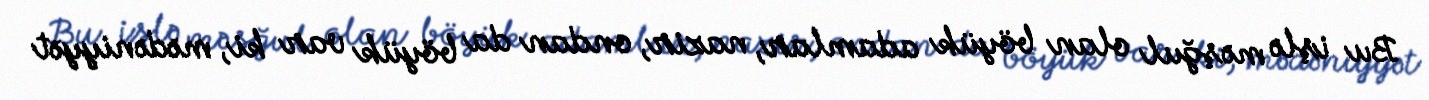
Bu işlə məşğul olan böyük adamlar, nazir, ondan da böyük var ki, mədəniyyət